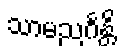
သာမညင်္ဂန္တိ